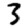
Digit: 3